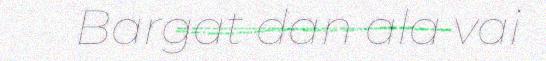
Bargat dan ala vai